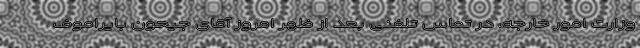
وزارت امور خارجه، در تماس تلفنی بعد از ظهر امروز آقای جیحون بایراموف